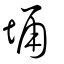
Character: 埇